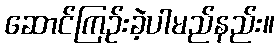
ဆောင်ကြဉ်းခဲ့ပါမည်နည်း။